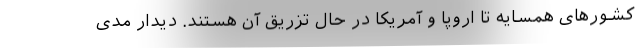
کشورهای همسایه تا اروپا و آمریکا در حال تزریق آن هستند. دیدار مدی